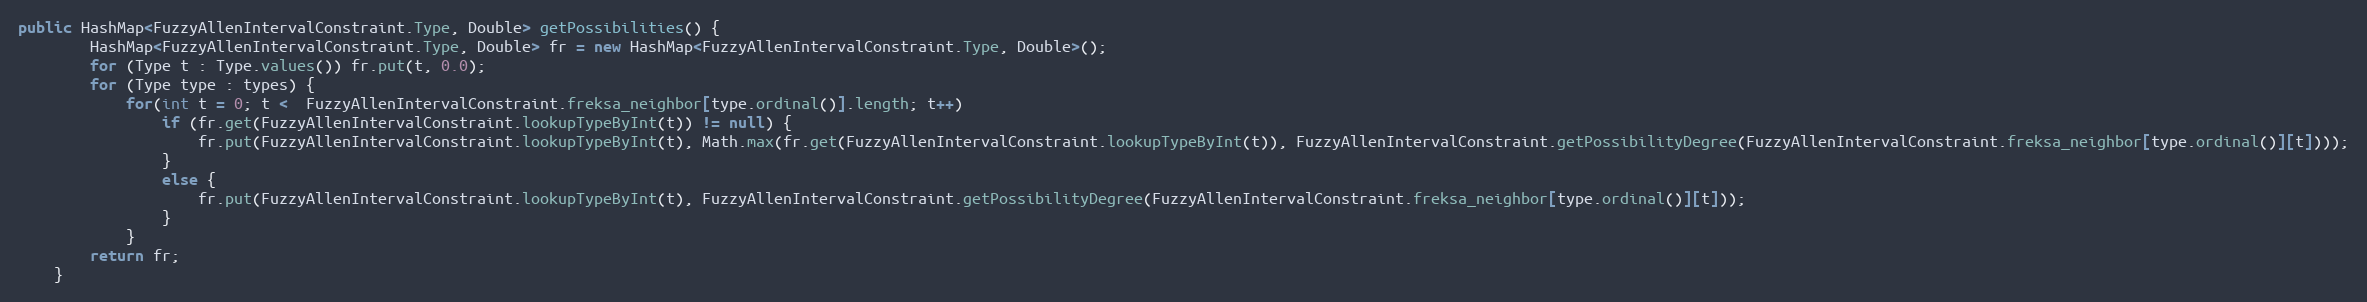
Language: Java
public HashMap<FuzzyAllenIntervalConstraint.Type, Double> getPossibilities() {
		HashMap<FuzzyAllenIntervalConstraint.Type, Double> fr = new HashMap<FuzzyAllenIntervalConstraint.Type, Double>();
		for (Type t : Type.values()) fr.put(t, 0.0);
		for (Type type : types) {
			for(int t = 0; t <  FuzzyAllenIntervalConstraint.freksa_neighbor[type.ordinal()].length; t++)
				if (fr.get(FuzzyAllenIntervalConstraint.lookupTypeByInt(t)) != null) {
					fr.put(FuzzyAllenIntervalConstraint.lookupTypeByInt(t), Math.max(fr.get(FuzzyAllenIntervalConstraint.lookupTypeByInt(t)), FuzzyAllenIntervalConstraint.getPossibilityDegree(FuzzyAllenIntervalConstraint.freksa_neighbor[type.ordinal()][t])));
				}
				else {
					fr.put(FuzzyAllenIntervalConstraint.lookupTypeByInt(t), FuzzyAllenIntervalConstraint.getPossibilityDegree(FuzzyAllenIntervalConstraint.freksa_neighbor[type.ordinal()][t]));
				}
			}
		return fr;
	}